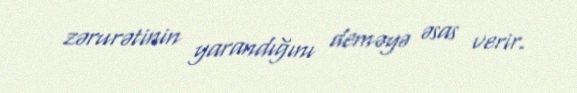
zərurətinin yarandığını deməyə əsas verir.